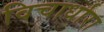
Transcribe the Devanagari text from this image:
विचार्धारा